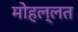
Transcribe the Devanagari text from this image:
मोहल्लत